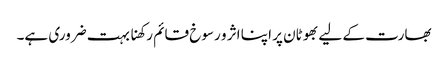
بھارت کے لیے بھوٹان پر اپنا اثر و رسوخ قائم رکھنا بہت ضروری ہے۔